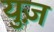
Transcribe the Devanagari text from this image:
युज़